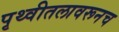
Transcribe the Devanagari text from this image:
पृथ्वीतलावरूनच